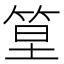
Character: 𥭧